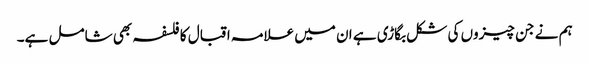
ہم نے جن چیزوں کی شکل بگاڑی ہے ان میں علامہ اقبال کا فلسفہ بھی شامل ہے۔